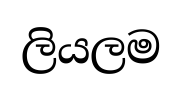
ලියලම